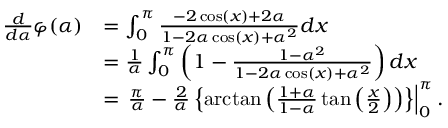
{ \begin{array} { r l } { { \frac { d } { d \alpha } } \varphi ( \alpha ) } & { = \int _ { 0 } ^ { \pi } { \frac { - 2 \cos ( x ) + 2 \alpha } { 1 - 2 \alpha \cos ( x ) + \alpha ^ { 2 } } } d x } \\ & { = { \frac { 1 } { \alpha } } \int _ { 0 } ^ { \pi } \left( 1 - { \frac { 1 - \alpha ^ { 2 } } { 1 - 2 \alpha \cos ( x ) + \alpha ^ { 2 } } } \right) d x } \\ & { = \left. { \frac { \pi } { \alpha } } - { \frac { 2 } { \alpha } } \left\{ \arctan \left( { \frac { 1 + \alpha } { 1 - \alpha } } \tan \left( { \frac { x } { 2 } } \right) \right) \right\} \right| _ { 0 } ^ { \pi } . } \end{array} }